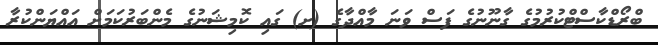
ބްރޯޑްކާސްޓްކުރުމުގެ ގާނޫނުގެ ފަސް ވަނަ މާއްދާގެ (ށ) ގައި ކޮމިޝަނުގެ މެންބަރުކަމަށް އައްޔަންކުރާ